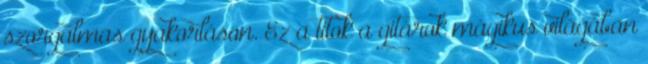
szorgalmas gyakorláson. Ez a titok a gitárok mágikus világában